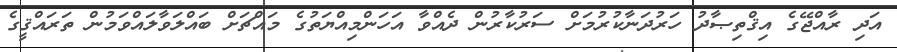
އަދި ރާއްޖޭގެ އިޤްތިޞާދު ހަރުދަނާކުރުމަށް ސަރުކާރުން ދެއްވާ އަހަންމިއްޔަތުގެ މައްޗަށް ބައްލަވާލައްވަމުން ތަރައްޤީގެ